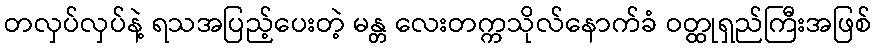
တလှပ်လှပ်နဲ့ ရသအပြည့်ပေးတဲ့ မန္တ လေးတက္ကသိုလ်နောက်ခံ ဝတ္ထုရှည်ကြီးအဖြစ်